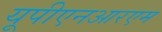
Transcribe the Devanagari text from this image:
यूपीएनआरएम